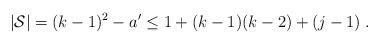
LaTeX: \begin{align*} |\mathcal{S}|=(k-1)^{2}-a'\leq 1+(k-1)(k-2)+(j-1)\;. \end{align*}